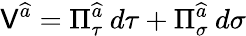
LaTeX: \mathsf{V}^{\widehat{{a}}}=\Pi_{\tau}^{\widehat{{a}}}\: d\tau+\Pi_{\sigma}^{\widehat{{a}}}\: d\sigma